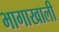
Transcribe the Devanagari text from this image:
भागाखाली